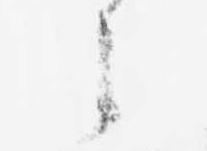
之